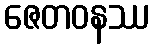
ဇေတဝနဿ